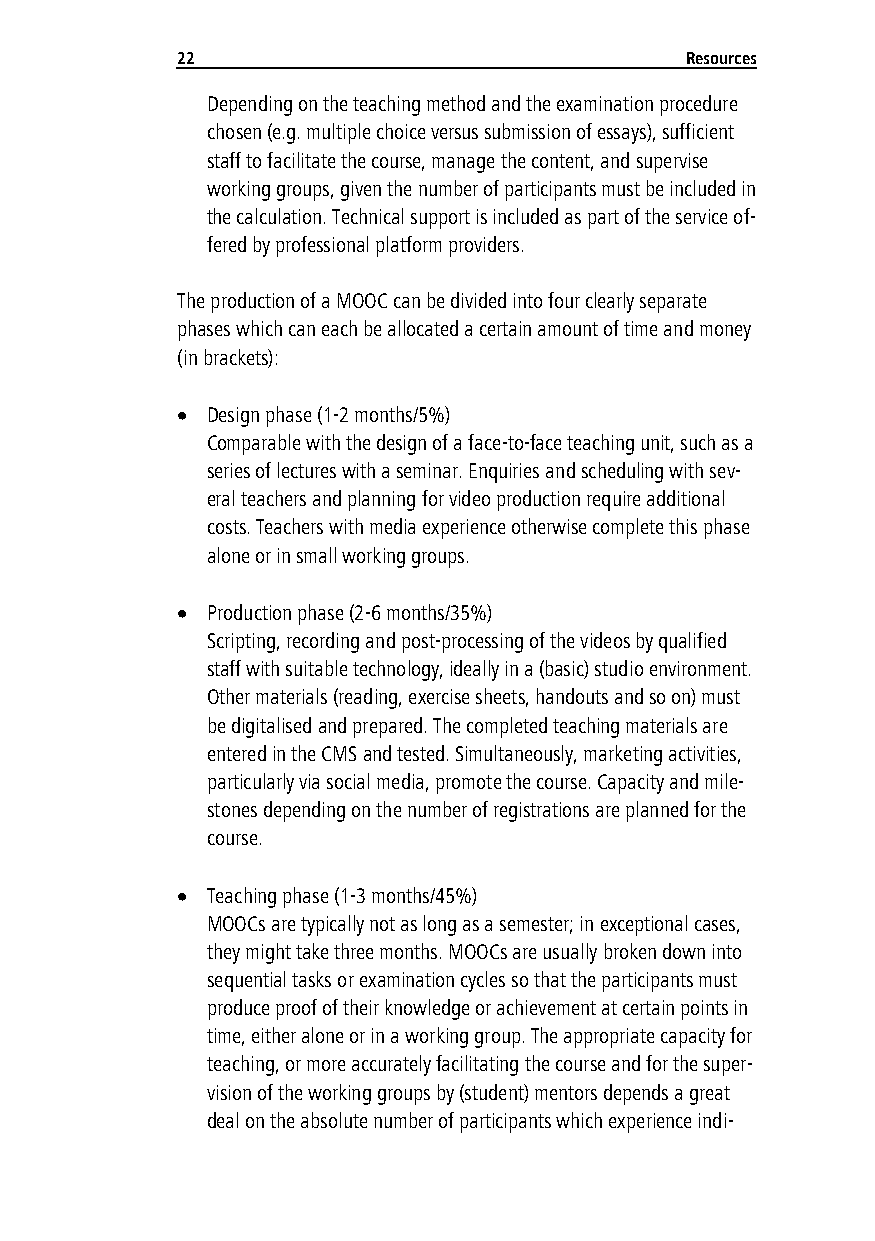
22                               Resources
 Depending on the teaching method and the examination procedure
 chosen (e.g. multiple choice versus submission of essays), sufficient
 staff to facilitate the course, manage the content, and supervise
 working groups, given the number of participants must be included in
 the calculation. Technical support is included as part of the service of-
 fered by professional platform providers.
 The production of a MOOC can be divided into four clearly separate
 phases which can each be allocated a certain amount of time and money
 (in brackets):
  Design phase (1-2 months/5%)
 Comparable with the design of a face-to-face teaching unit, such as a
 series of lectures with a seminar. Enquiries and scheduling with sev-
 eral teachers and planning for video production require additional
 costs. Teachers with media experience otherwise complete this phase
 alone or in small working groups.
  Production phase (2-6 months/35%)
 Scripting, recording and post-processing of the videos by qualified
 staff with suitable technology, ideally in a (basic) studio environment.
 Other materials (reading, exercise sheets, handouts and so on) must
 be digitalised and prepared. The completed teaching materials are
 entered in the CMS and tested. Simultaneously, marketing activities,
 particularly via social media, promote the course. Capacity and mile-
 stones depending on the number of registrations are planned for the
 course.
  Teaching phase (1-3 months/45%)
 MOOCs are typically not as long as a semester; in exceptional cases,
 they might take three months. MOOCs are usually broken down into
 sequential tasks or examination cycles so that the participants must
 produce proof of their knowledge or achievement at certain points in
 time, either alone or in a working group. The appropriate capacity for
 teaching, or more accurately facilitating the course and for the super-
 vision of the working groups by (student) mentors depends a great
 deal on the absolute number of participants which experience indi-